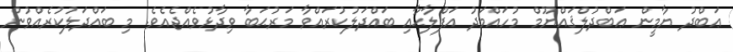
ޢަބްދު ޔާމީން ޢަބްދުލްޤައްޔޫމް މުހައްމަދު އަފްލާޙާއި ބައްދަލުކުރައްވާ މަރުޙަބާ ވިދާޅުވެއްޖެއެވެ. މި ބައްދަލުކުރެއްވުން